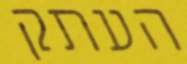
העתק